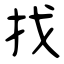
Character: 找